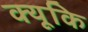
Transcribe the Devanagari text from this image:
क्यूकि